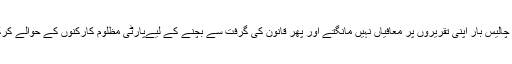
دلیل سے کھڑے ہونے والے چالیس چالیس بار اپنی تقریروں پر معافیاں نہیں مانگتے اور پھر قانون کی گرفت سے بچنے کے لیےپارٹی مظلوم کارکنوں کے حوالے کرکے خود زیرزمین نہیں چلے جاتے۔